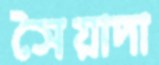
সৈয়াদা